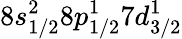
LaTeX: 8s_{1/2}^{2}8p_{1/2}^{1}7d_{3/2}^{1}